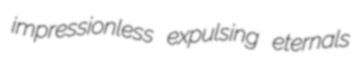
impressionless expulsing eternals